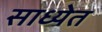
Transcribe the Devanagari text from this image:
साध्येत